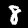
Label: 8